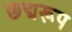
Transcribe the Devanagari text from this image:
छद्मरूप